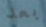
بعد